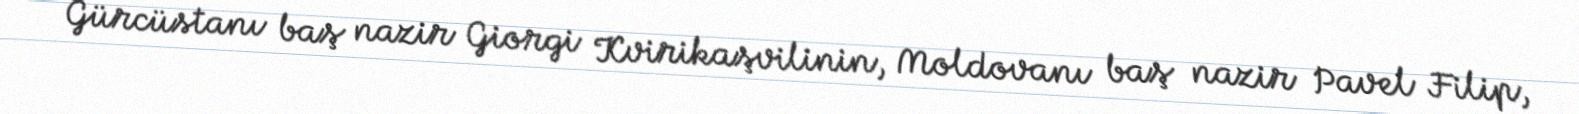
Gürcüstanı baş nazir Giorgi Kvirikaşvilinin, Moldovanı baş nazir Pavel Filip,